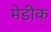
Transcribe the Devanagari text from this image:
मेडीक